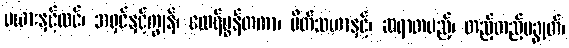
မယားနှင့်လင်၊ အရှင်နှင့်ကျွန်၊ ထေရ်မွန်တကာ၊ မိတ်သဟာနှင့်၊ ဆရာတပည့်၊ တည့်တည့်မချွတ်၊